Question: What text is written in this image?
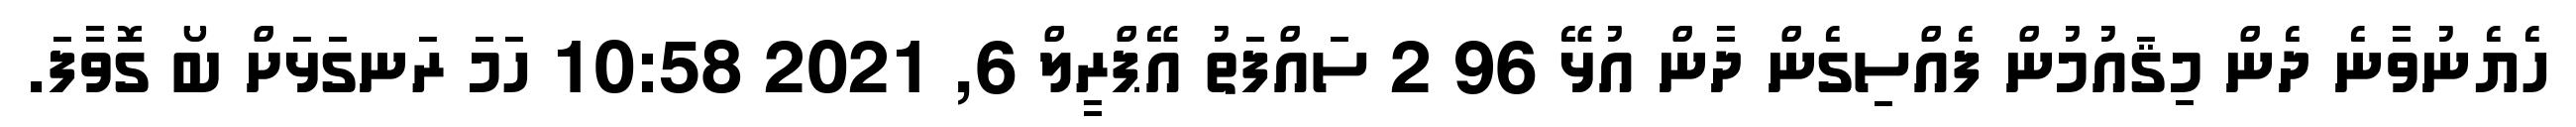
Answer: ހެޔެނުވާނެ ދެން މިޤައުމުން ފެއްސިގެން ދާން އުޅޭ 96 2 ސައްފަތު އޭޕްރީލް 6, 2021 10:58 ހަމަ ރަނގަޅަށް ބޯ ގޮވާފަ.